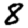
Digit: 8